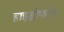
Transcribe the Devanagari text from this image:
हाइड्रोफोन